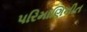
પરિમાણિનીત